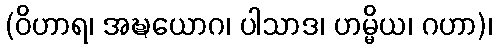
(ဝိဟာရ၊ အဍ္ဎယောဂ၊ ပါသာဒ၊ ဟမ္မိယ၊ ဂဟာ)၊